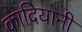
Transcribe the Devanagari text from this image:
कादियानी